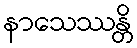
နာသေဿန္တိ